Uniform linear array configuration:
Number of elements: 8
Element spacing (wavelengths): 0.5
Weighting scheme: hamming
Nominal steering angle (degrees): -30
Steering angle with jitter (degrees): -30.779
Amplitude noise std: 0.05
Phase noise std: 0.05

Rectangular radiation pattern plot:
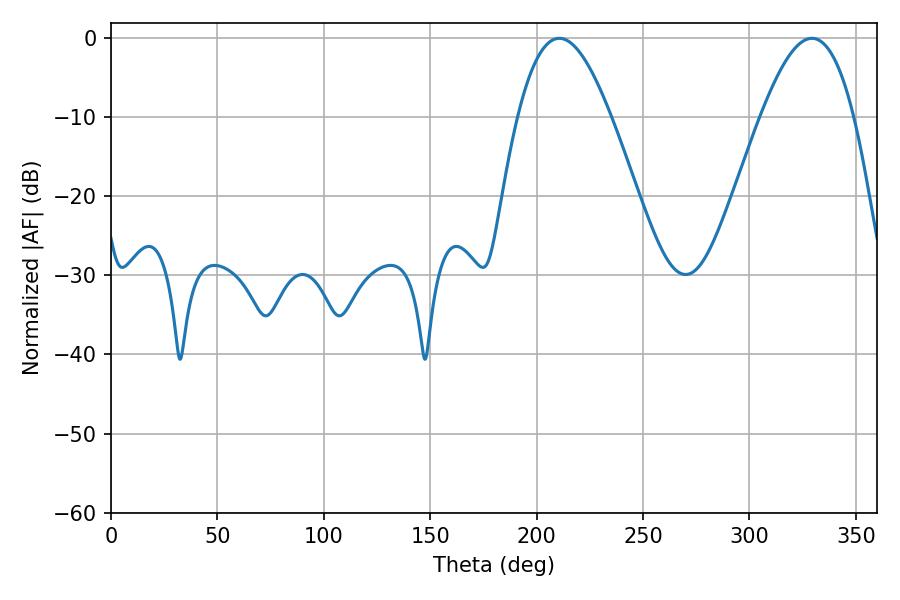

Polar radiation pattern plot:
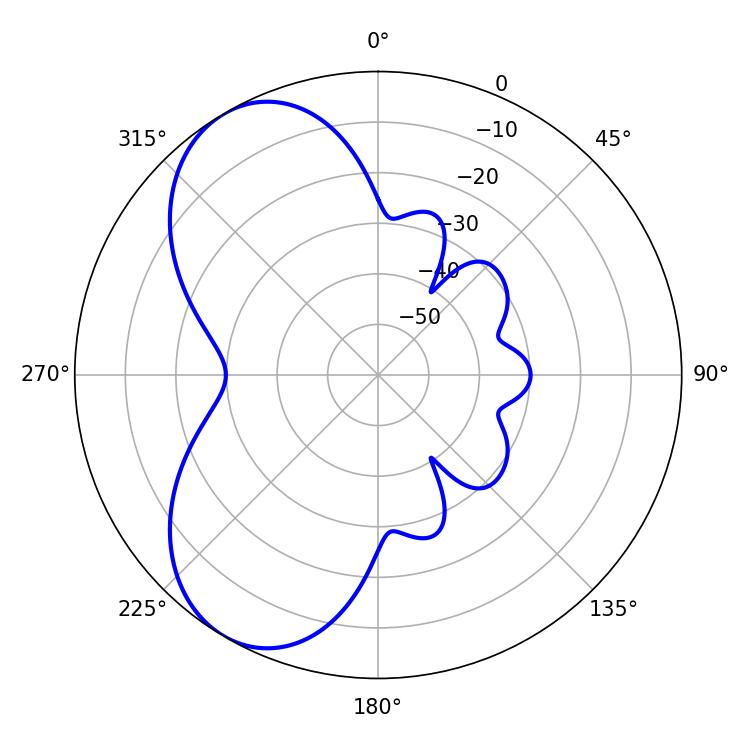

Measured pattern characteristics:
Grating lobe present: FALSE
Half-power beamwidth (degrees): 23.76
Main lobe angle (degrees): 210.6